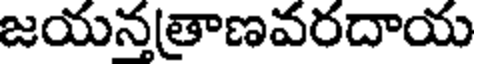
జయనత్రాణవరదాయ